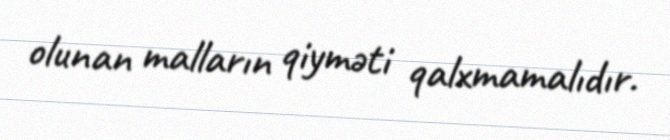
olunan malların qiyməti qalxmamalıdır.